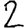
Digit: 2